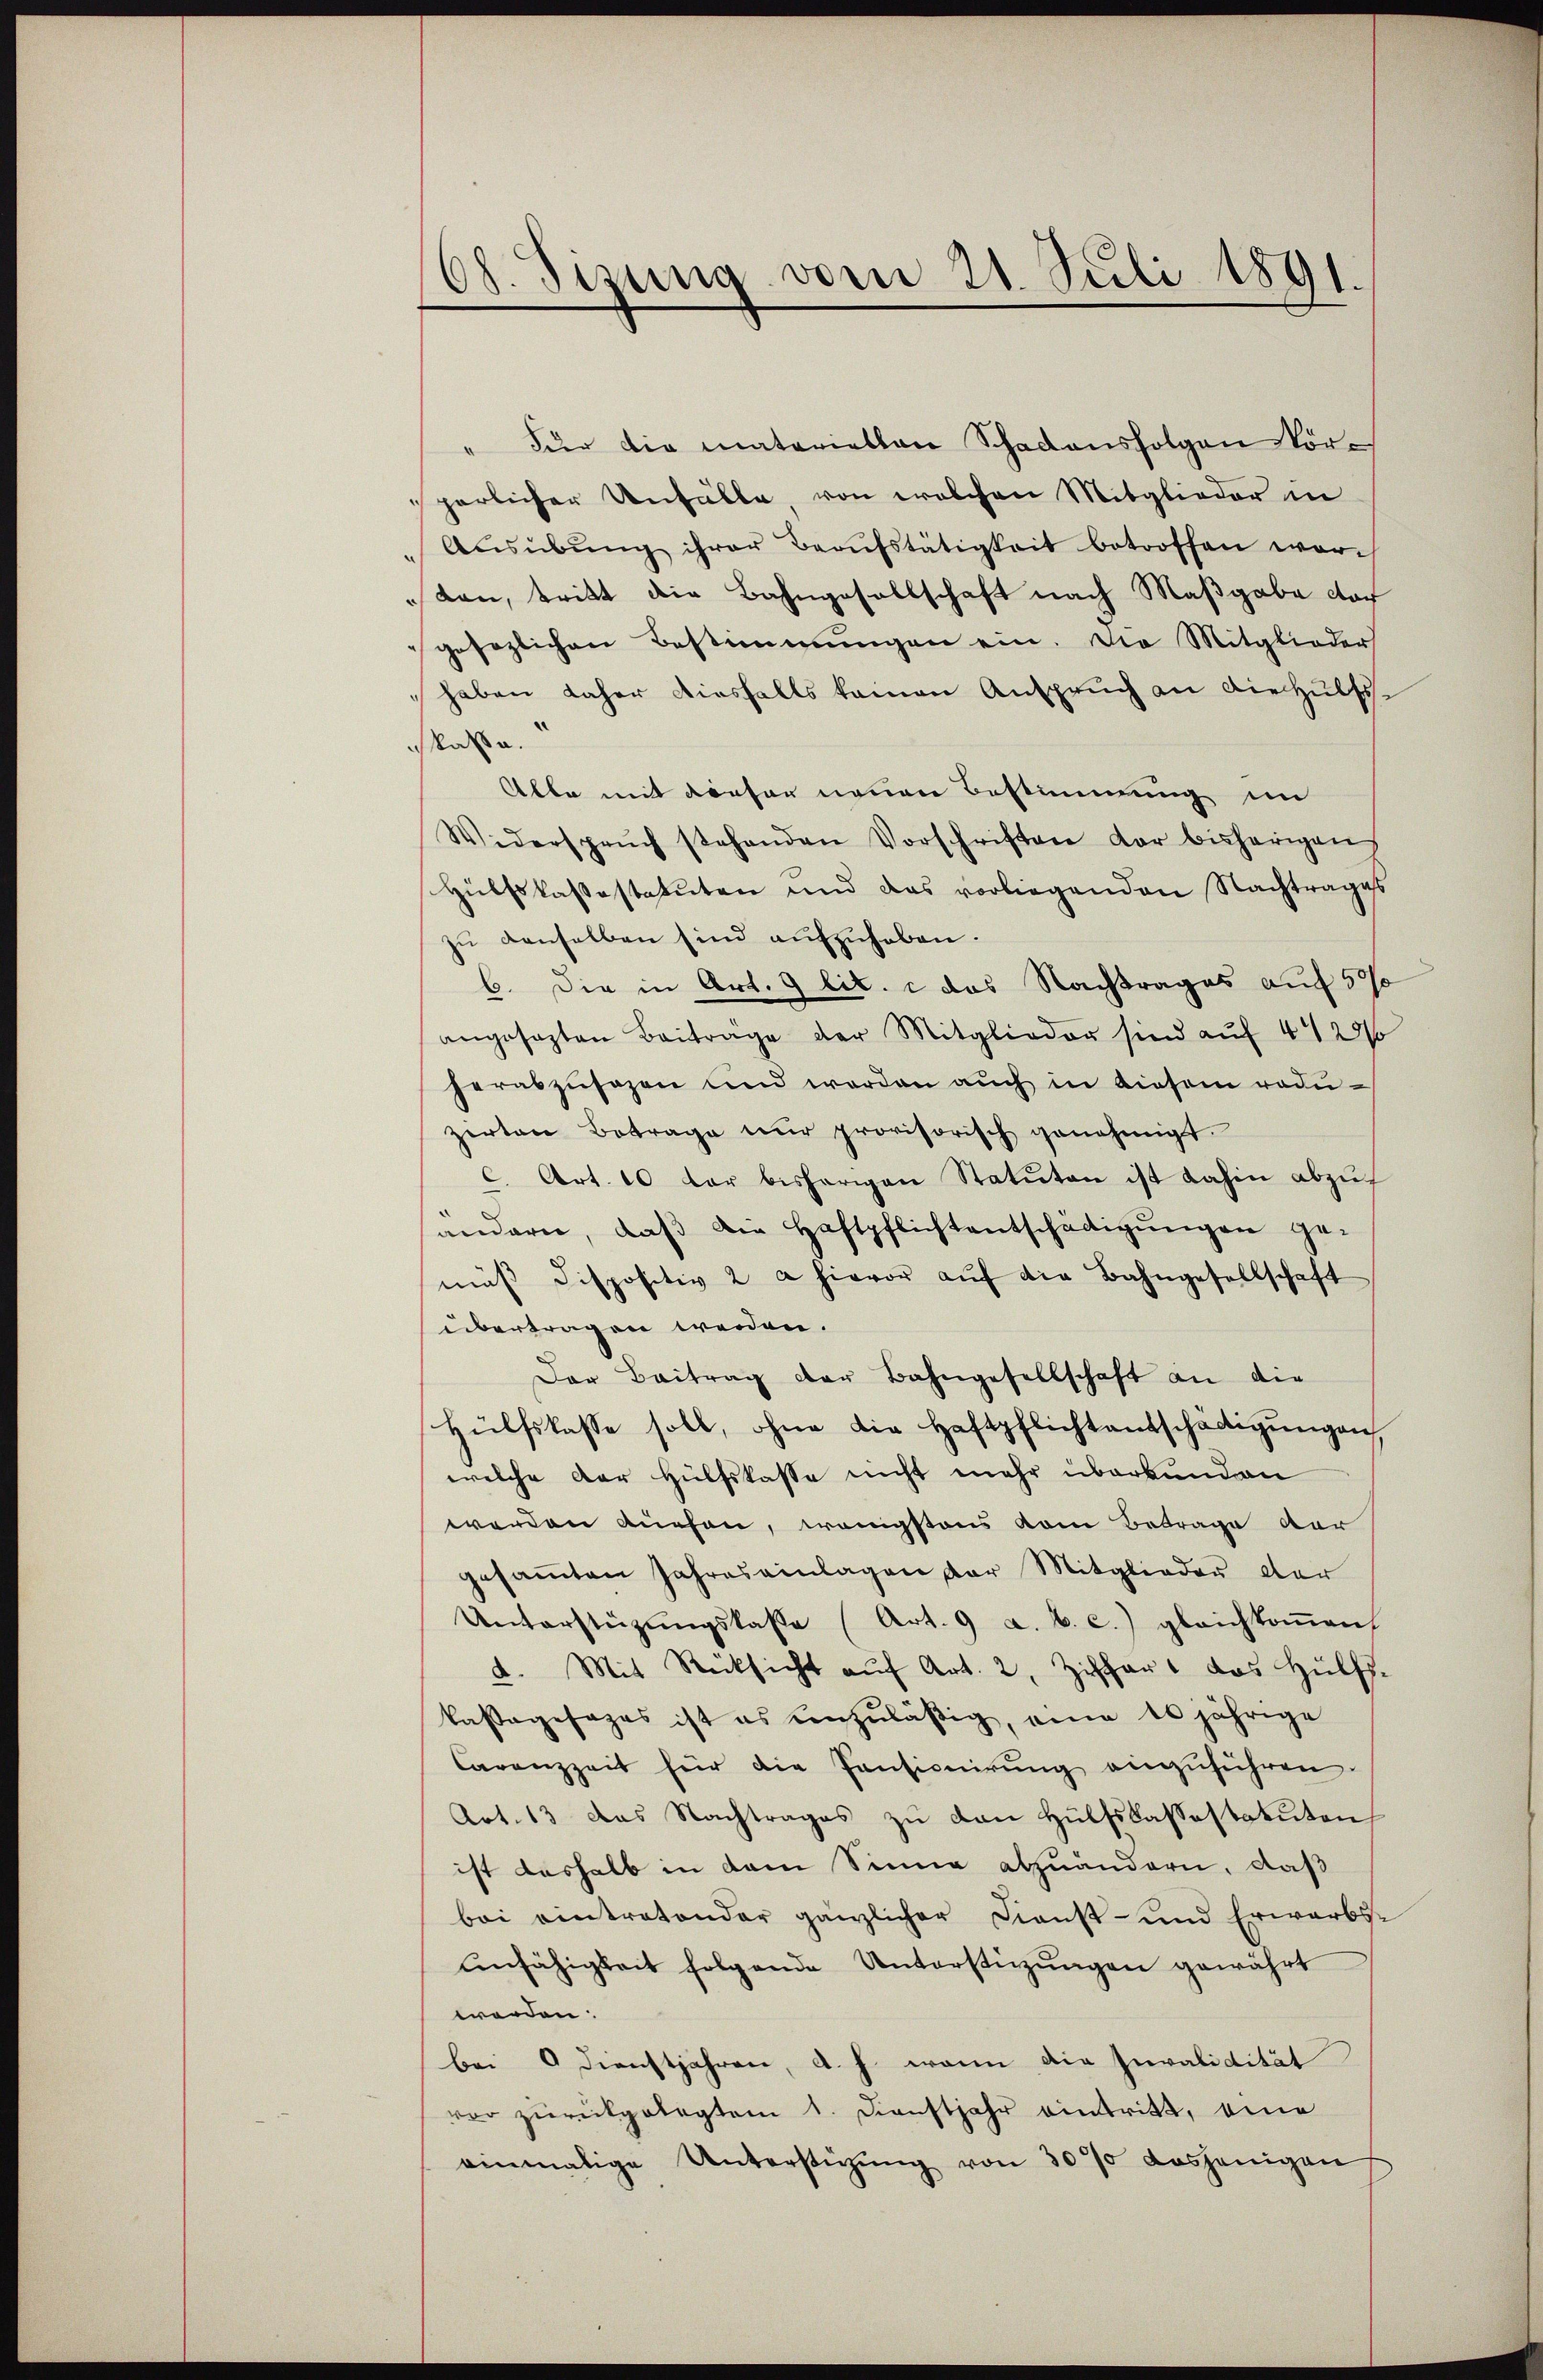
68. Sizung von 21. Juli 1891.

" Für die materiellen Schadensfolgen Nörperlicher Unfälle, von welchen Mitglieder in
"Aŭsübŭng ihrer Beaŭfstätigkeit betroffen workan, tritt die Bahngesellschaft nach Maßgabe der
gesezlichen Bestimmungen ein. Die Mitglieder
 haben daher diesfalls kamen Anspruch an diehülfs
kaße.
Alle mit dieser neuen Bestimmung im
Widersprŭch stehenden Vorschriften der bisherigen
Hülfslassestatuten und das vorliegenden Nachtrages
zŭ denselben sind aufzuheben.
b. Die in Art. 9 lit. c das Nachtrages auf 5%
angesezten Beiträge der Mitglieder sind auf 44 28/
herabzŭsagen und werden aŭch in diesem reduzirten Betrage nŭr provisorisch genehmigt.
c. Art. 10 der bisherigen Statuten ist dahin abzuf
andern, daβ die Haftpflichtentschädigŭngen ge-
mäβ dispositiv 2 a hievor aŭf die Bahngesellschaft
übertragen werden.
Der Beitrag der Bahngesellschaft an die
Hülfskasse soll, ohne die Haftpflichtentschädigŭngen,
welche der Hülfskasse nicht mehr überbunden
werden auchen, wenigstens vom Betrage der
gesaṁten Jahres einlagen der Mitglieder der
Unterstützŭngskasse (Art. 9 a. b. c.) gleichkoṁen
2. Mit Rücksicht aŭf Art. 2, Ziffert das Hülfs-
kassagesages ist es unzuläßig, eine 10 jährige
Carenzzeit für die Pensionirŭng einzŭführen.
Art. 13 das Nachtrages zu den Hülfslassestatuten
ist deshalb in dem Sinne abzuändern, daß
bei eintretender gänzlicher Dienst- und Erwarbs-
Anfähigkeit folgende Unterstüzungen gewährt
werden:
bei 0 Dienstjahren, d. h. wenn die Invalidität
vor zurückgelegtem 1. Dienstjahr eintritt, eine
einmalige Unterstützŭng von 30% dasjenigen